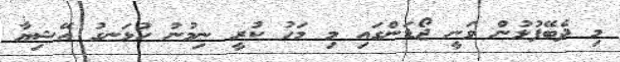
މި ދެބޭފުޅުން ވަނީ ޖޯޑަންގައި މި މަހު ކުރީ ނިމުނު ހުޅަނގު އޭޝިޔާ